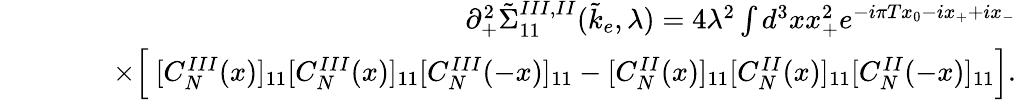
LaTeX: \begin{array}{rlr}&{}&{\partial_{+}^{2}\tilde{\Sigma}_{11}^{III,II}(\tilde{k}_{e},\lambda)=4\lambda^{2}\int d^{3}xx_{+}^{2}e^{-i\pi Tx_{0}-ix_{+}+ix_{-}}}\\ &{}&{\quad\quad\times\Big[\ [C_{N}^{III}(x)]_{11}[C_{N}^{III}(x)]_{11}[C_{N}^{III}(-x)]_{11}-[C_{N}^{II}(x)]_{11}[C_{N}^{II}(x)]_{11}[C_{N}^{II}(-x)]_{11}\Big].}\end{array}